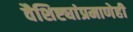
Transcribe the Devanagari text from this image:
वैशिष्ट्यांप्रमाणेही